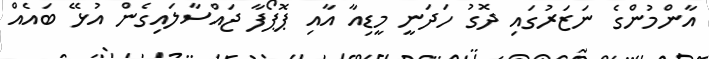
އާންމުންގެ ނަޒަރުގައި ދޮގު ހަދަނީ މީޑިއާ އާއި ޕޮޕޯފާ ޖައްސާލައިގެން އުޅޭ ބައެއް